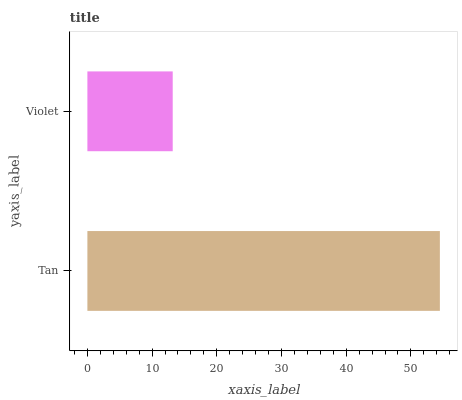
| yaxis_label | bars |
 | --- | --- |
 | Tan | 54.5 |
 | Violet | 13.2 |